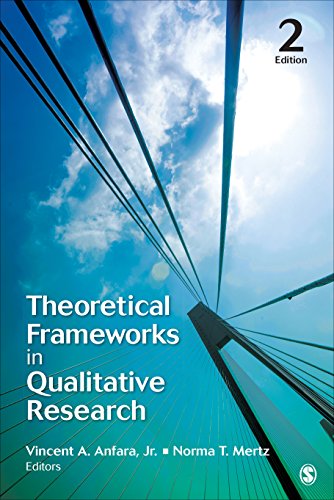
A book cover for Theoretical Frameworks in Qualitative Research; Science & Math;